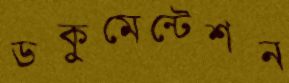
ডকুমেন্টেশন